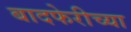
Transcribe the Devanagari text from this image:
बादफेरीच्या